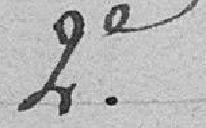
2e